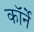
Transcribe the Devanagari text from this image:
कॉर्ने